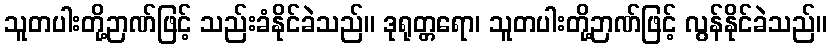
သူတပါးတို့ဉာဏ်ဖြင့် သည်းခံနိုင်ခဲသည်။ ဒုရုတ္တရော၊ သူတပါးတို့ဉာဏ်ဖြင့် လွန်နိုင်ခဲသည်။